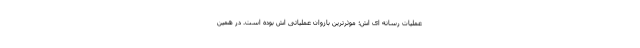
عملیات رسانه ای اش؛ موثرترین بازوان عملیاتی اش بوده است. در همین